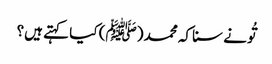
تُونے سنا کہ محمد (ﷺ) کیا کہتے ہیں؟